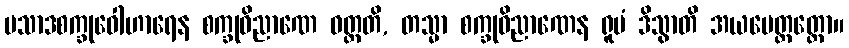
ပသာဒစက္ခုဝေါဟာရေန စက္ခုဝိညာဏေ ဝတ္တတိ, တသ္မာ စက္ခုဝိညာဏေန ရူပံ ဒိသွာတိ အယမေတ္ထတ္ထော။